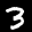
Label: 3